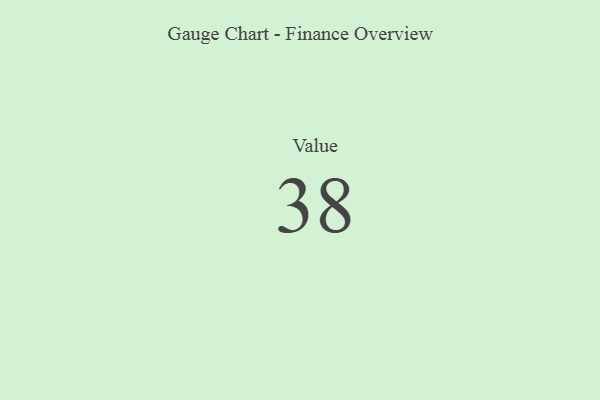
{"axis": {"x": "Metric", "y": "Value"}, "legend": [""], "data": [{"x": "Value", "y": 38, "type": ""}]}